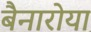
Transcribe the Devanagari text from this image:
बैनारोया